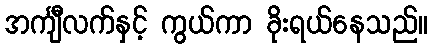
အင်္ကျီလက်နှင့် ကွယ်ကာ ခိုးရယ်နေသည်။